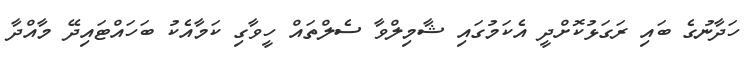
ހަދާނުގެ ބައި ރަގަޅުކޮށްދީ އެކަމުގައި ޝާމިލްވާ ސެލްތައް ހީވާގި ކަމާއެކު ބަހައްޓައިދޭ މާއްދާ